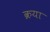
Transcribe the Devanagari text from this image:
क्रया